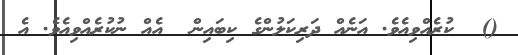
()  ކުރެއްވިއެވެ. އަނެއް ދަރިކަލުންގެ ކިބައިން  އެއް ނުކުރެއްވިއެވެ. އެ